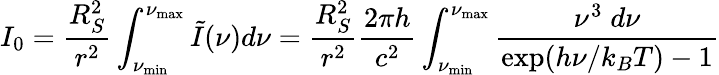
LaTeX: I_{0}=\frac{R_{S}^{2}}{r^{2}}\int_{\nu_{\mathrm{min}}}^{\nu_{\mathrm{max}}}\tilde{I}(\nu)d\nu=\frac{R_{S}^{2}}{r^{2}}\frac{2\pi h}{c^{2}}\int_{\nu_{\mathrm{min}}}^{\nu_{\mathrm{max}}}\frac{\nu^{3}\; d\nu}{\exp(h\nu/k_{B}T)-1}